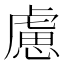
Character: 慮